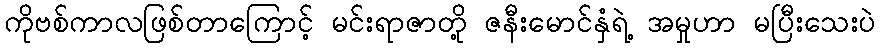
ကိုဗစ်ကာလဖြစ်တာကြောင့် မင်းရာဇာတို့ ဇနီးမောင်နှံရဲ့ အမှုဟာ မပြီးသေးပဲ